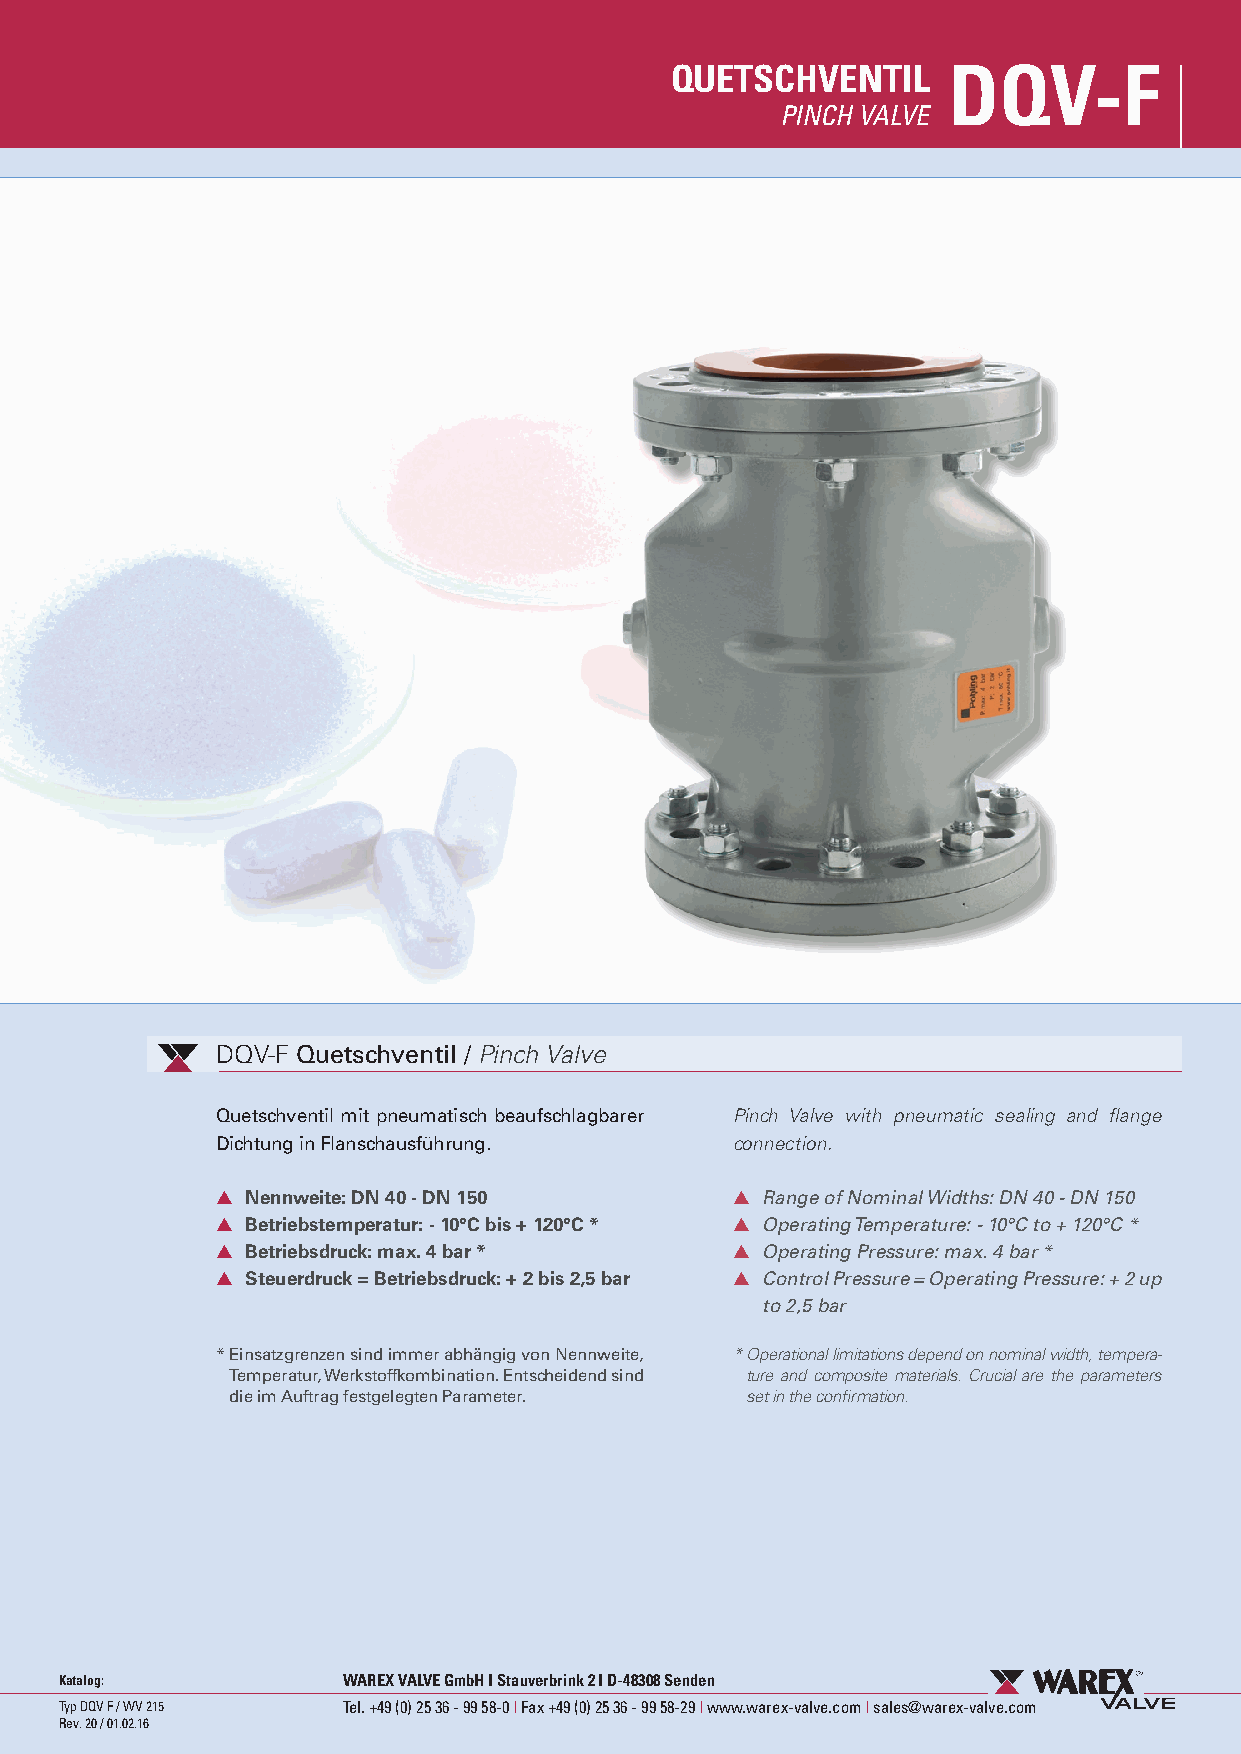
QUETSCHVENTIL      DQV-F
 PINCH VALVE
 DQV-F Quetschventil / Pinch Valve
 Quetschventil mit pneumatisch beaufschlagbarer Pinch Valve with pneumatic sealing and flange
 Dichtung in Flanschausführung.    connection.
 ▲ Nennweite: DN 40 - DN 150       ▲ Range of Nominal Widths: DN 40 - DN 150
 ▲ Betriebstemperatur: - 10°C bis + 120°C * ▲ Operating Temperature: - 10°C to + 120°C *
 ▲ Betriebsdruck: max. 4 bar *     ▲ Operating Pressure: max. 4 bar *
 ▲ Steuerdruck = Betriebsdruck: + 2 bis 2,5 bar ▲ Control Pressure = Operating Pressure: + 2 up
 to 2,5 bar
 * Einsatzgrenzen sind immer abhängig von Nennweite, * Operational limitations depend on nominal width, tempera-
 Temperatur, Werkstoffkombination. Entscheidend sind ture and composite materials. Crucial are the parameters
 die im Auftrag festgelegten Parameter. set in the confirmation.
 Katalog:           WAREX VALVE GmbH I Stauverbrink 2 I D-48308 Senden
 Typ DQV F / WV 215 Tel. +49 (0) 25 36 - 99 58-0 I Fax +49 (0) 25 36 - 99 58-29 I www.warex-valve.com I sales@warex-valve.com
 Rev. 20 / 01.02.16